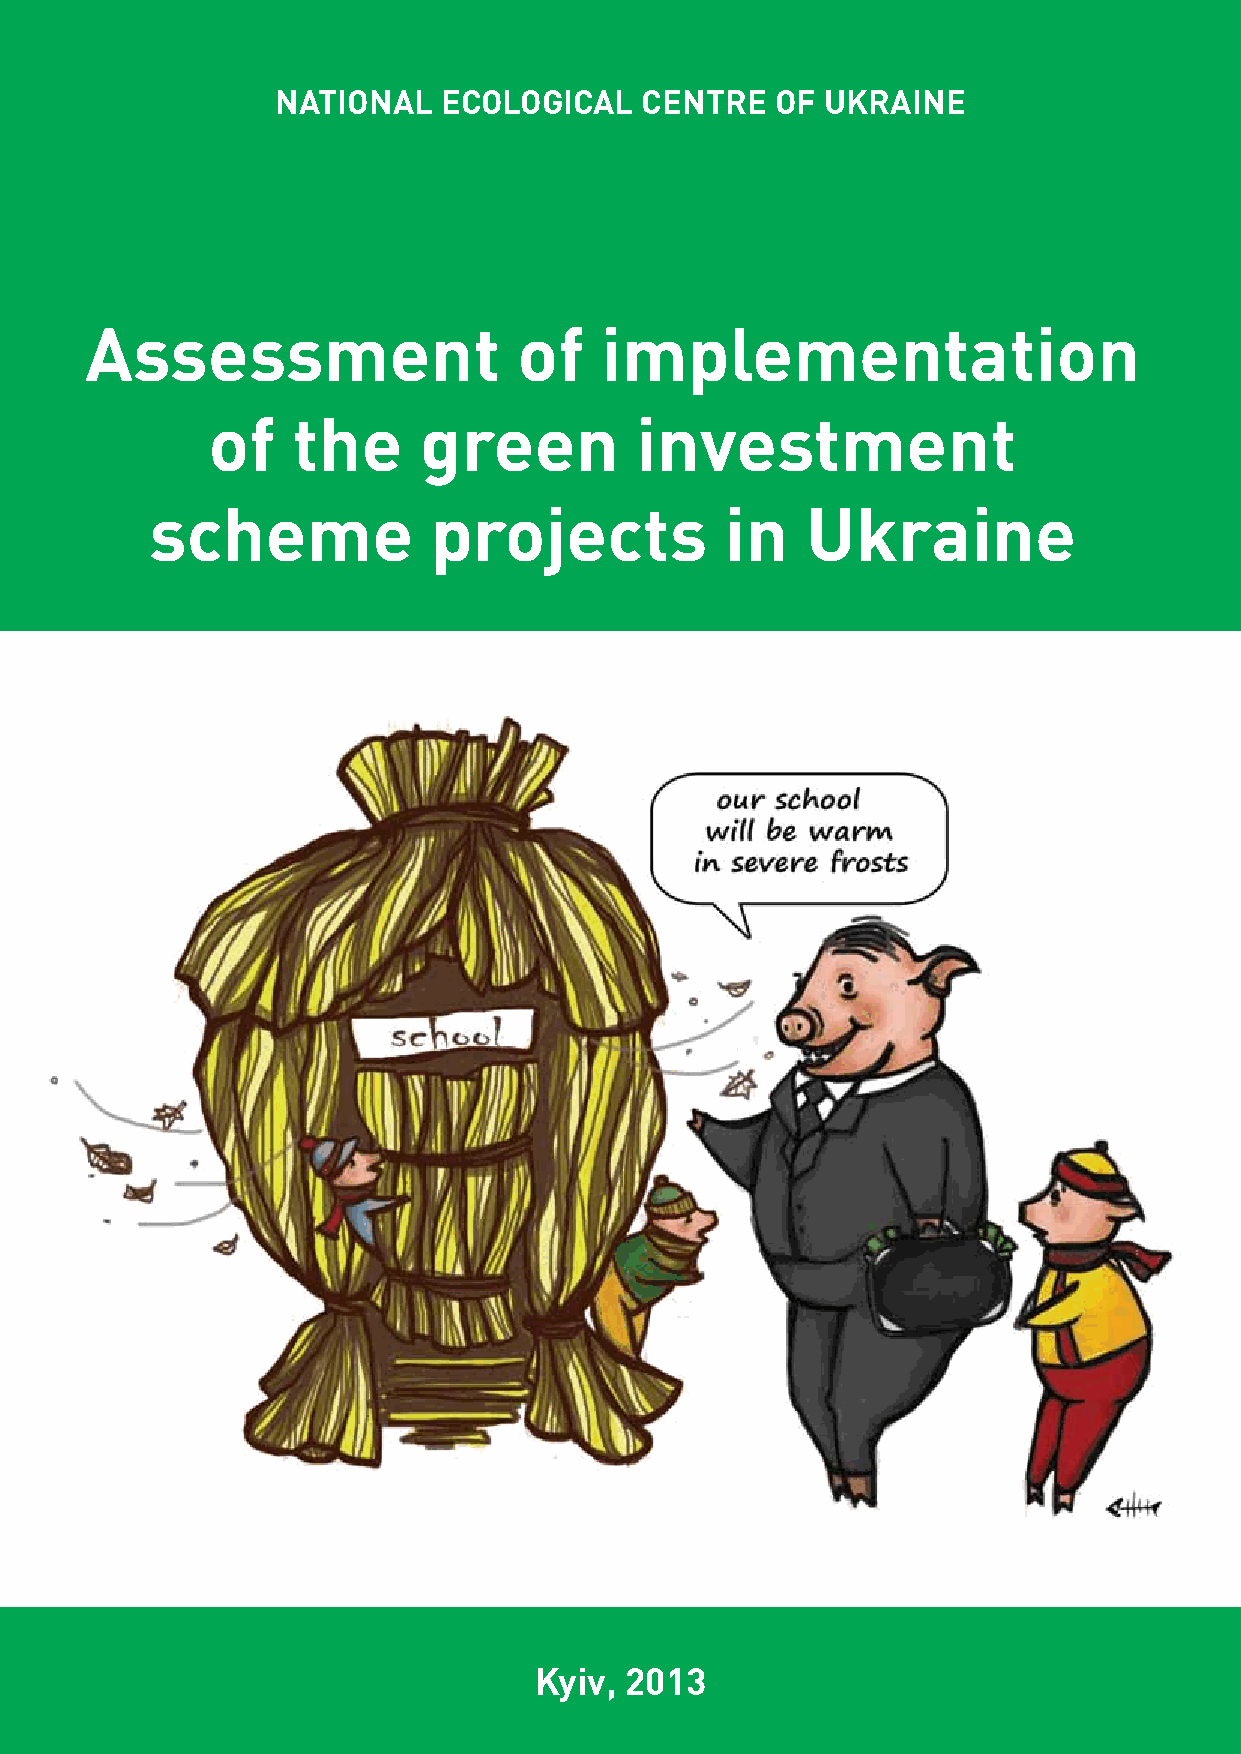
NATIONAL   ECOLOGICAL   CENTRE   OF  UKRAINE
 Assessment                  of    implementation
 of   the      green         investment
 scheme             projects           in   Ukraine
 Kyiv, 2013